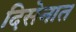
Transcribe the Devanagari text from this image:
दिसेनात